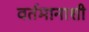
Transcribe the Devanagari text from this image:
वर्तमानाशी